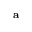
\mathbf { a }